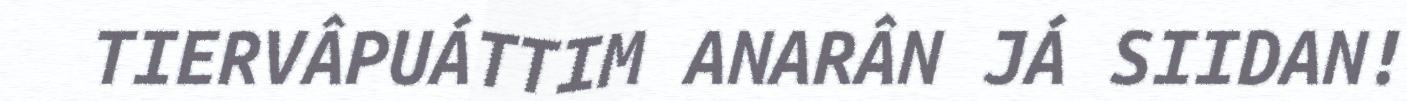
TIERVÂPUÁTTIM ANARÂN JÁ SIIDAN!